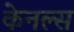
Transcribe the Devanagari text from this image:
केनल्स